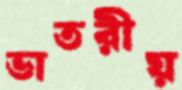
ভাতরীয়